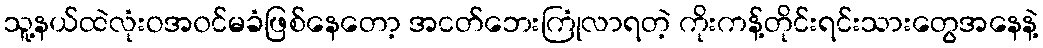
သူ့နယ်ထဲလုံးဝအ၀င်မခံဖြစ်နေတော့ အငတ်ဘေးကြုံလာရတဲ့ ကိုးကန့်တိုင်းရင်းသားတွေအနေနဲ့